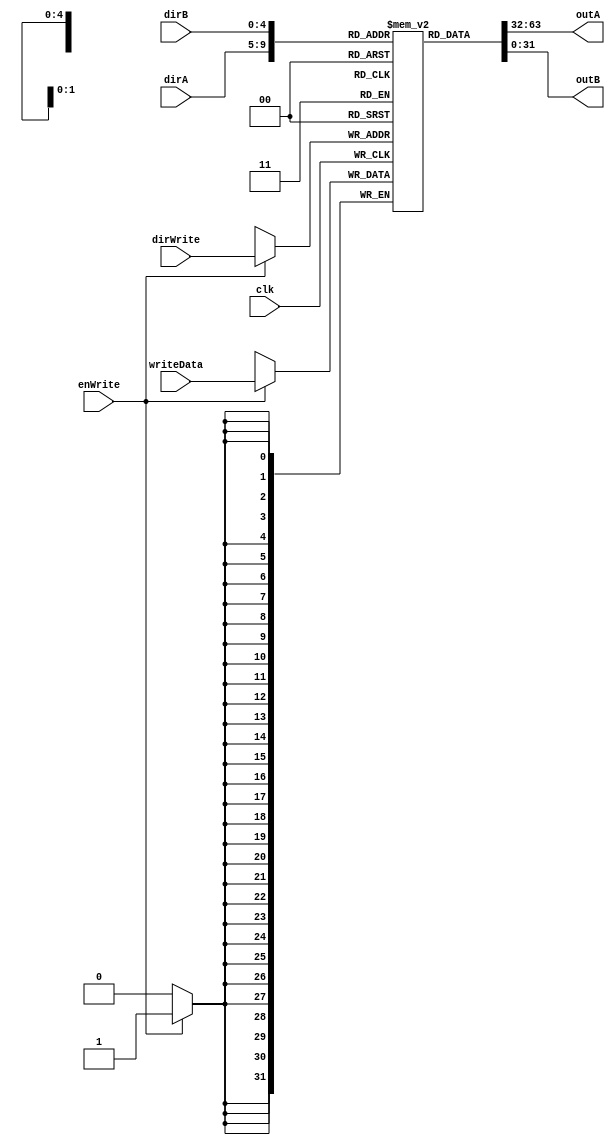
// Wilfer Daniel Ciro Maya - 2023


module sram(outA, outB, clk, enWrite, writeData, dirWrite, dirA, dirB);
	// parameters definitions
	parameter BUS_SIZE = 32;
	parameter DIR_SIZE_INTERNAL = 5;
	parameter MEM_SIZE = 32;
	
	// inputs definitions
	input clk;
	input enWrite;
	input [BUS_SIZE - 1 : 0] writeData;
	input [DIR_SIZE_INTERNAL - 1 : 0] dirWrite;
	input [DIR_SIZE_INTERNAL - 1 : 0] dirA;
	input [DIR_SIZE_INTERNAL - 1 : 0] dirB;
	
	// outputs definitions
	output [BUS_SIZE - 1 : 0] outA;
	output [BUS_SIZE - 1 : 0] outB;
	
	// Signals and registers definitions
	reg [BUS_SIZE - 1 : 0] MEM [0 : MEM_SIZE - 1];
	assign outA = MEM[dirA];
	assign outB = MEM[dirB];
	
	initial begin
		MEM[0] = {BUS_SIZE{1'b0}};
	end
	
	always @(posedge clk)
	begin
		if (enWrite)
			MEM[dirWrite] = writeData;
	end	
endmodule